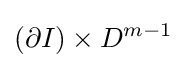
(\partial I)\times D^{m-1}